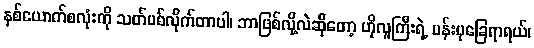
နှစ်ယောက်စလုံးကို သတ်ပစ်လိုက်တာပါ၊ ဘာဖြစ်လို့လဲဆိုတော့ ဟိုလူကြီးရဲ့ ပန်းပုခြေရာရယ်၊